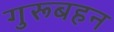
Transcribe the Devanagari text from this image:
गुरूबहन